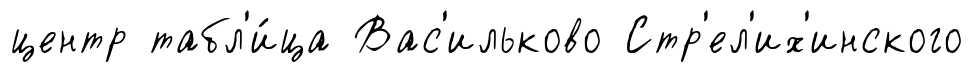
центр табл'и́ца Вас'ильково Стр'ел'их'инского